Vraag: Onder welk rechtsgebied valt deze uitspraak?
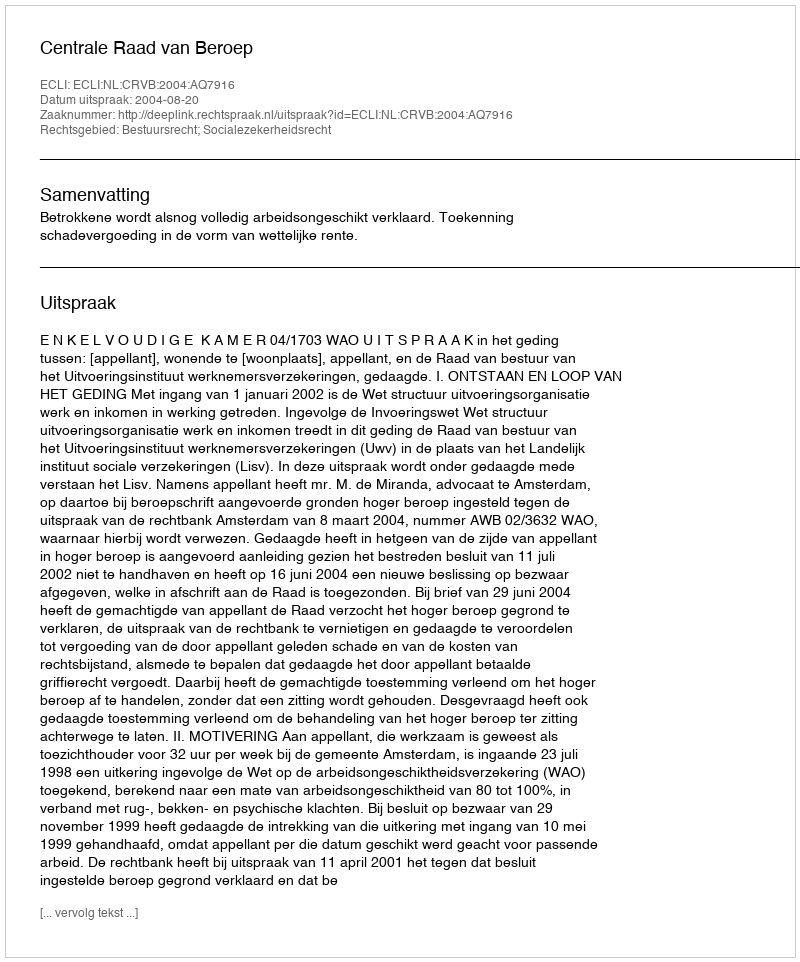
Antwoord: Bestuursrecht; Socialezekerheidsrecht